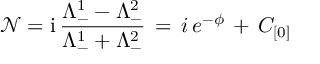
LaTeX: \mathcal { N } = \mathrm { i } \, \frac { \Lambda _ { - } ^ { 1 } - \Lambda _ { - } ^ { 2 } } { \Lambda _ { - } ^ { 1 } + \Lambda _ { - } ^ { 2 } } \, = \, i \, e ^ { - \phi } \, + \, C _ { [ 0 ] }